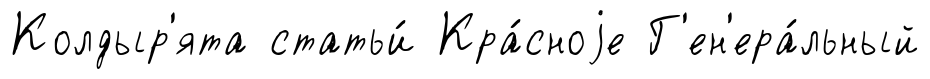
Колдыр'ята статьи́ Кра́сноjе Г'ен'ера́льный